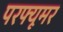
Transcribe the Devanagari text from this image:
परफ्यूमर